Report of the Indian Hemp Drugs Commission, 1894-1895 - Volume VI
Year: 1894
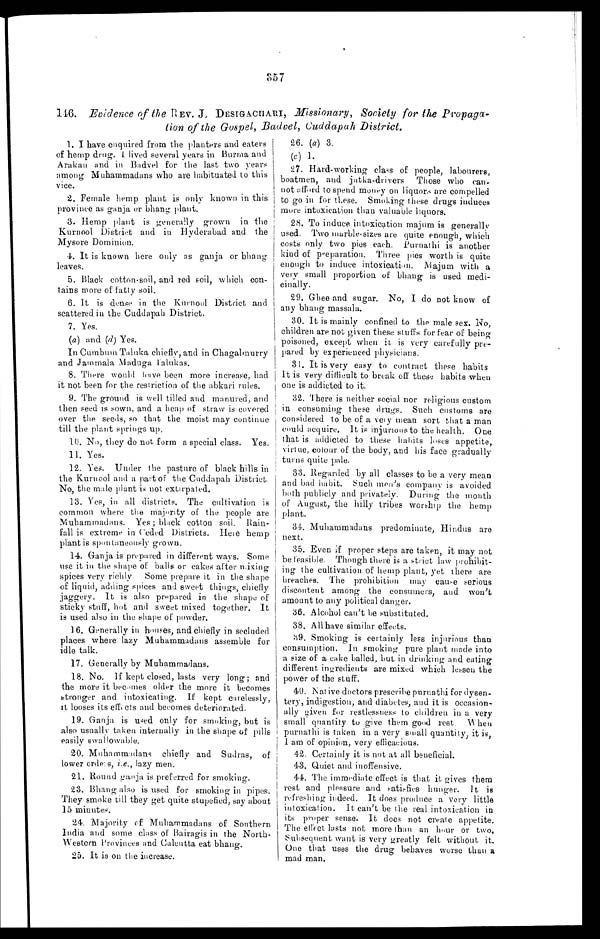
357
146. Evidence of the REV. J, DESIGACHART, Missionary , Society for the Propaga-
tion of the Gospel, Badvel, Cuddapah District.
1. I have enquired from the planters and eaters
of hemp drug. 1 lived several years in Burma, and
Arakan and in Badvel for the last two years
among Muhammadans who are habituated to this
vice.
2. Female hemp plant is only known in this
province as ganja or bhang plant.
3. Hemp plant is generally grown in the
Kurnool District and in Hyderabad and the
Mysore Dominion.
4. It is known here only as ganja or bhang
leaves.
5. Black cotton-soil, and red soil, which con-
tains more of fatty soil.
6. It is dense in the Kurnool District and
scattered in the Cuddapah District.
7. Yes.
(a) and (d) Yes.
In Cumbum Taluka chiefl y , and in Chagalmurry
and Jammala Maduga falukas.
8. There would have been more increase, had
it not been for the restriction of the abkari rules.
9. The ground. is well tilled and manured, and
then seed is sown, and a heap of straw is covered
over the seeds, so that the moist may continue
till the plant springs up,
10. No, they do not form a special class. Yes.
11. Yes.
12. Yes. Under the pasture of black hills in
the Kurnool and a part of the Cuddapah District.
No, the male plant is not extirpated.
13. Yes, in all districts. The cultivation is
common where the majority of the people are
Muhammadans. Yes ; black cotton soil.
fall is extreme in Ceded Districts. Here hemp
plant is spontaneously grown.
14. Ganja is prepared in different ways. Some
use it in the shape of balls or cakes after mixing
spices very richly Some prepare it in the shape
of liquid, adding spices and sweet things, chiefly
jaggery. It is also prepared in the shape of
sticky stuff, hot and sweet mixed together. It
is used also in the shape of powder.
16. Generally in houses, and chiefly in secluded
places where lazy Muhammadans assemble for
idle talk.
17. Generally by Muhammadans.
18. No. If kept closed, lasts very long; and
the more it becomes older the more it becomes
s t r o n g e r a n d i n t o x i c a t i n g . I f k e p t c a r e l e s s l y ,
it looses its effects and becomes deteriorated.
19. Ganja is used only for smoking, but is
also usually taken internally in the shape of pills
easily swallowable.
20.
Muhammadans chiefly and Sudras, of
lower order s, i.e ., lazy men.
21. Round ganja is preferred for smoking.
23. Bhang also is used for smoking in pipes.
They smoke till they get quite stupefied, say about
15 minutes.
24. Majority of Muhammadans of Southern
India and some class of Bairagis in the North-
Western Provinces and Calcutta eat bhang.
25. It is on the increase.
26.
(a)
3 . (
c ) 1 .
27. Hard-working class of people, labourers,
boatmen, and jutka-drivers Those who can-
not afford to spend money on liquors are compelled
to go in for these. Smoking these drugs induces
more intoxication than valuable liquors.
28. To induce intoxication majum is generally
used. Two marble , sizes are quite enough, which
costs only two pies each. Purnat hi is another
kind of preparation. Three pies worth is quite
enough to induce intoxication. Najum with a
very small proportion of bhang is used medi-
cinally.
29. Ghee and sugar. No, I do not know of
any bhang massala.
30. It is mainly confined to the male sex. No,
children are not given these stuffs for fear of being
poisoned, except when it is very carefully pre-
pared by experienced physicians.
31. It is very easy to contract these habits
It is very difficult to break off these habits when
one is addicted to it.
32. There is neither social nor religious custom
in consuming these drugs. Such customs are
considered to be of a vely mean sort that a man
could acquire. It is injurious to the health. One
that is addicted to these habits loses appetite,
virtue, colour of the body, and his face gradually
turns quite pale.
33. Regarded by all classes to be a very mean
and bad habit. Such men's company is avoided.
both publicly and privately. During the mouth
of August, the hilly tribes worship the hemp
plant.
34. Muhammadans predominate, Hindus are
next.
35. Even if proper steps are taken, it may not
be feasible. Though there is a strict law prohibit-
ing the cultivation of hemp plant, yet there are
breaches. The prohibition may cause serious
discontent among the consumers, and won't
amount to any political danger.
36. Alcohol can't be substituted.
38. All have similar effects.
39. Smoking is certainly less injurious than
consumption. In smoking pure plant made into
a size of a cake balled, but in drinking and eating
different ingredients are mixed which lessen the
power of the stuff.
40. Native doctors prescribe purnathi for dysen-
tery, indigestion, and diabetes, and it is occasion-
ally given for restlessness to children in a very
small quantity to give them good rest. When
purnathi is taken in a. very small quantity, it is,
I am of opinion, very efficacious.
4.2. Certainly it is not at all beneficial.
43. Quiet and inoffensive.
44. The immediate effect is that it gives them
rest and pleasure and satisfies hunger. It is
refreshing indeed. It does produce a very little
intoxication. It can't be the real intoxication in
its proper sense. It does not create appetite.
The effect lasts not more than an hour or two.
Subsequent want is very greatly felt without it.
One that uses the drug behaves worse than a
mad man.